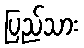
ပြည်သား